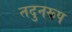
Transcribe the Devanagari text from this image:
तदुनरूप